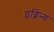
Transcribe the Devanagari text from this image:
इव्निन्गं